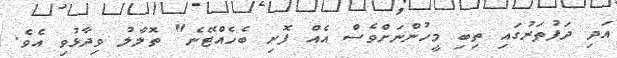
އަދި ދަފުތަރުގައި ތިބި މީހުންނަށްވެސް އެއް ފޮށި ބެހެއްޓޭނެ" ތޮލާލު ވިދާޅުވި އެވެ.